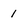
Character: 1